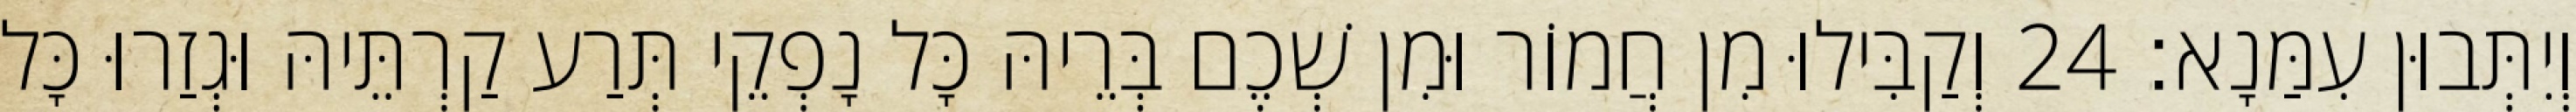
וְיִתְּבוּן עִמַּנָא׃ 24 וְקַבִּילוּ מִן חֲמוֹר וּמִן שְׁכֶם בְּרֵיהּ כָּל נָפְקֵי תְּרַע קַרְתֵּיהּ וּגְזַרוּ כָּל